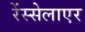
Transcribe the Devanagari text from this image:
रेंस्सेलाएर